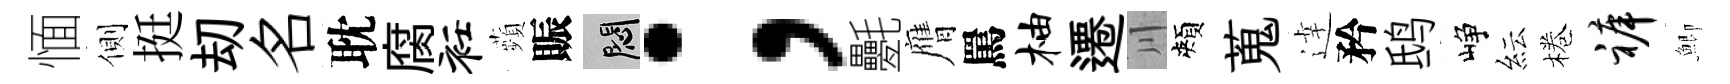
愐側挺刧名耽腐衽蘋賑悶；氎膺罵柚遷川頰蒐逹矜鸱峥紜棬裤鯽